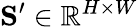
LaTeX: \mathbf{S}^{\prime}\in\mathbb{R}^{H\times W}